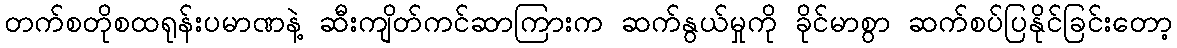
တက်စတိုစထရုန်းပမာဏနဲ့ ဆီးကျိတ်ကင်ဆာကြားက ဆက်နွယ်မှုကို ခိုင်မာစွာ ဆက်စပ်ပြနိုင်ခြင်းတော့